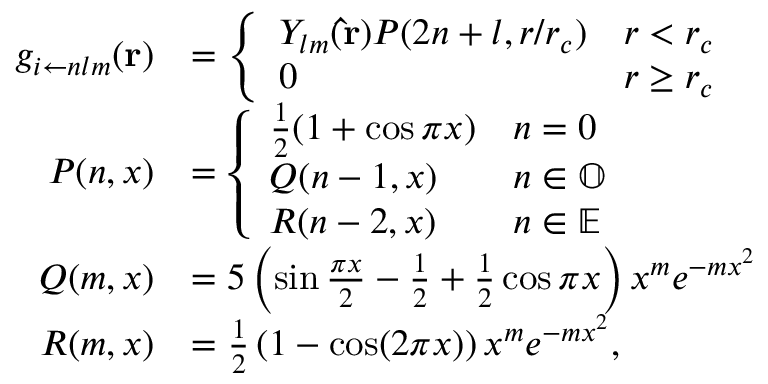
\begin{array} { r l } { g _ { i \leftarrow n l m } ( \mathbf { r } ) } & { = \left\{ \begin{array} { l l } { Y _ { l m } ( \mathbf { \hat { r } } ) P ( 2 n + l , r / r _ { c } ) } & { r < r _ { c } } \\ { 0 } & { r \ge r _ { c } } \end{array} \right. } \\ { P ( n , x ) } & { = \left\{ \begin{array} { l l } { \frac { 1 } { 2 } ( 1 + \cos \pi x ) } & { n = 0 } \\ { Q ( n - 1 , x ) } & { n \in \mathbb { O } } \\ { R ( n - 2 , x ) } & { n \in \mathbb { E } } \end{array} \right. } \\ { Q ( m , x ) } & { = 5 \left( \sin \frac { \pi x } { 2 } - \frac { 1 } { 2 } + \frac { 1 } { 2 } \cos \pi x \right) x ^ { m } e ^ { - m x ^ { 2 } } } \\ { R ( m , x ) } & { = \frac { 1 } { 2 } \left( 1 - \cos ( 2 \pi x ) \right) x ^ { m } e ^ { - m x ^ { 2 } } , } \end{array}